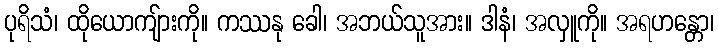
ပုရိသံ၊ ထိုယောကျ်ားကို။ ကဿနု ခေါ၊ အဘယ်သူအား။ ဒါနံ၊ အလှူကို။ အရဟန္တော၊